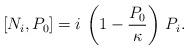
LaTeX: \begin{align*} \left[N_{i},P_{0}\right] = i\, \left( 1 - {P_0\over \kappa}\right)\,P_{i}.\end{align*}